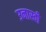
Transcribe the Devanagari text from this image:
उनास्वी